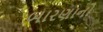
બારણાનો